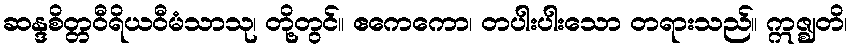
ဆန္ဒစိတ္တဝီရိယဝီမံသာသု၊ တို့တွင်။ ဧကေကော၊ တပါးပါးသော တရားသည်။ ဣဇ္ဈတိ၊